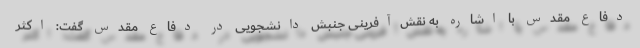
دفاع مقدس با اشاره به نقش‌آفرینی جنبش دانشجویی در دفاع مقدس گفت: اکثر